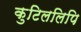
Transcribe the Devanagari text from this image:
कुटिललिपि